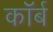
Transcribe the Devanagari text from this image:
कॉर्ब